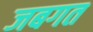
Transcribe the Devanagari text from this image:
जबगत